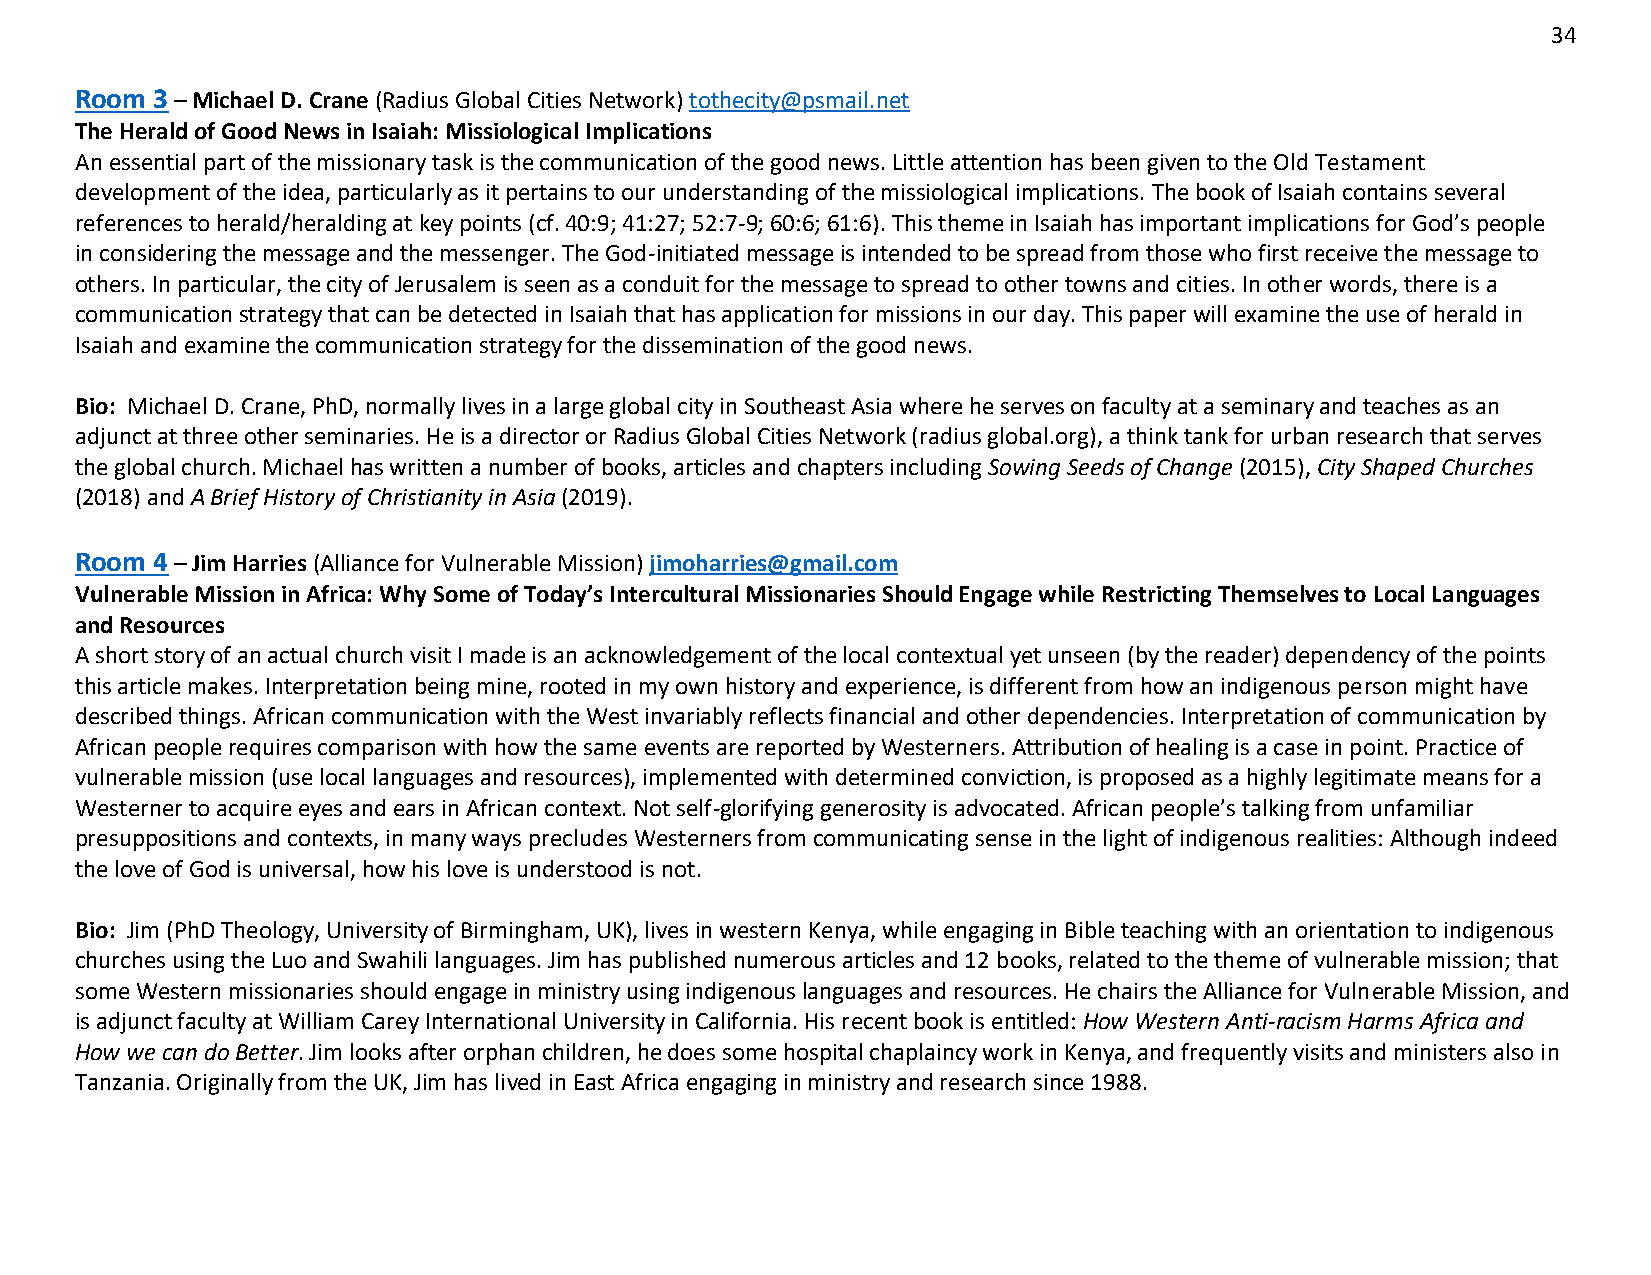
34
 Room 3 – Michael D. Crane (Radius Global Cities Network) tothecity@psmail.net
 The Herald of Good News in Isaiah: Missiological Implications
 An essential part of the missionary task is the communication of the good news. Little attention has been given to the Old Testament
 development of the idea, particularly as it pertains to our understanding of the missiological implications. The book of Isaiah contains several
 references to herald/heralding at key points (cf. 40:9; 41:27; 52:7-9; 60:6; 61:6). This theme in Isaiah has important implications for God’s people
 in considering the message and the messenger. The God-initiated message is intended to be spread from those who first receive the message to
 others. In particular, the city of Jerusalem is seen as a conduit for the message to spread to other towns and cities. In other words, there is a
 communication strategy that can be detected in Isaiah that has application for missions in our day. This paper will examine the use of herald in
 Isaiah and examine the communication strategy for the dissemination of the good news.
 Bio: Michael D. Crane, PhD, normally lives in a large global city in Southeast Asia where he serves on faculty at a seminary and teaches as an
 adjunct at three other seminaries. He is a director or Radius Global Cities Network (radius global.org), a think tank for urban research that serves
 the global church. Michael has written a number of books, articles and chapters including Sowing Seeds of Change (2015), City Shaped Churches
 (2018) and A Brief History of Christianity in Asia (2019).
 Room 4 – Jim Harries (Alliance for Vulnerable Mission) jimoharries@gmail.com
 Vulnerable Mission in Africa: Why Some of Today’s Intercultural Missionaries Should Engage while Restricting Themselves to Local Languages
 and Resources
 A short story of an actual church visit I made is an acknowledgement of the local contextual yet unseen (by the reader) dependency of the points
 this article makes. Interpretation being mine, rooted in my own history and experience, is different from how an indigenous person might have
 described things. African communication with the West invariably reflects financial and other dependencies. Interpretation of communication by
 African people requires comparison with how the same events are reported by Westerners. Attribution of healing is a case in point. Practice of
 vulnerable mission (use local languages and resources), implemented with determined conviction, is proposed as a highly legitimate means for a
 Westerner to acquire eyes and ears in African context. Not self-glorifying generosity is advocated. African people’s talking from unfamiliar
 presuppositions and contexts, in many ways precludes Westerners from communicating sense in the light of indigenous realities: Although indeed
 the love of God is universal, how his love is understood is not.
 Bio: Jim (PhD Theology, University of Birmingham, UK), lives in western Kenya, while engaging in Bible teaching with an orientation to indigenous
 churches using the Luo and Swahili languages. Jim has published numerous articles and 12 books, related to the theme of vulnerable mission; that
 some Western missionaries should engage in ministry using indigenous languages and resources. He chairs the Alliance for Vulnerable Mission, and
 is adjunct faculty at William Carey International University in California. His recent book is entitled: How Western Anti-racism Harms Africa and
 How we can do Better. Jim looks after orphan children, he does some hospital chaplaincy work in Kenya, and frequently visits and ministers also in
 Tanzania. Originally from the UK, Jim has lived in East Africa engaging in ministry and research since 1988.